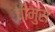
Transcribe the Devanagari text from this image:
चीमुसे